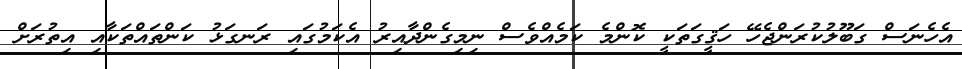
އެހެނަސް ގަބޫލުކުރަންޖެހޭ ހަޤީގަތަކީ ކޮންމެ ކަމެއްވެސް ނިމިގެންދާއިރު އެކަމުގައި ރަނގަޅު ކަންތައްތަކާއި އިތުރަށް